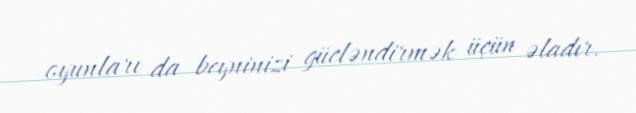
oyunları da beyninizi gücləndirmək üçün əladır.